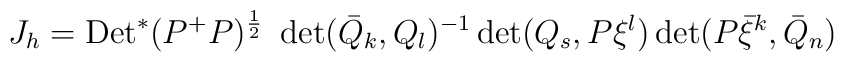
J_h = {\rm Det}^*(P^+P)^{\frac{1}{2}}~\det(\bar Q_k, Q_l)^{-1}\det(Q_s, P\xi^{l})\det(P\bar \xi^{k},\bar Q_n)